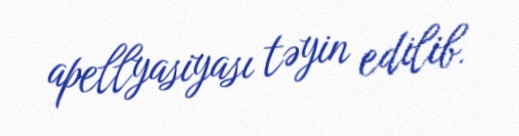
apellyasiyası təyin edilib.